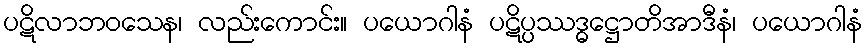
ပဋိလာဘဝသေန၊ လည်းကောင်း။ ပယောဂါနံ ပဋိပ္ပဿဒ္ဓဋ္ဌောတိအာဒီနံ၊ ပယောဂါနံ